Lunatic asylums Punjab 1881-1894 - 1881-1894
Year: 1881
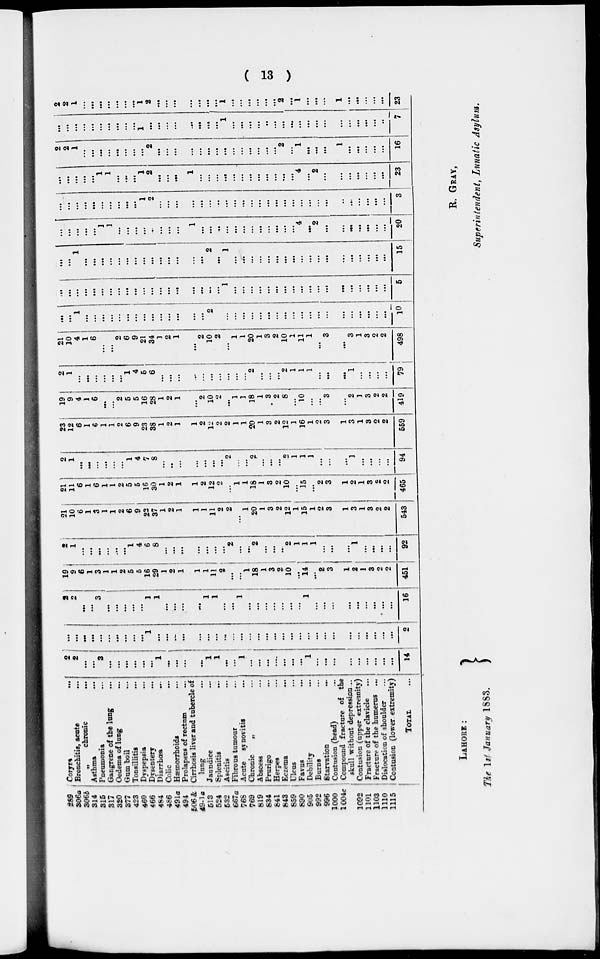
( 13 )
289
306a
306b
314
315
317
320
377
423
460
466
464
466
491a
494
506 &
49-1a
513
524
532
667a
768
769
819
834
841
843
859
890
905
992
996
1000
1004c
1092
1101
1103
1110
1115
Coryza
...
Bronchitis, acute
„
chronic
...
Asthma
...
Pneumonia ...
Gangrene of the long ...
Oedema of long ...
Gam boil ...
Tonsillitis ...
Dyspepsia ...
Dysentery ...
Diarrhœa ...
Colic ...
Hæmorrhoids ...
Prolapsus of rectum ...
Cirrhosis liver and tubercle of
lung ...
Jaundice ...
Splenitis ...
Ascitis
Fibrous tumour ...
Acute synovitis ...
Chronic
„ ...
Abscess ...
Prurigo ...
Herpes ...
Eczema ...
Ulcus ...
Favus ...
Debility ...
Burns ...
Starvation
...
Contusion (head) ...
Compound fracture of the
skull without depression...
Contusion (upper extremity)
Fracture of the clavicle
Fracture of the humerus ....
Dislocation of shoulder
...
Coatusion (lower extremity)
TOTAL ...
2
2
...
...
3
...
...
...
...
...
...
1
...
...
...
...
1
1
...
...
1
...
...
...
...
...
...
...
1
...
...
...
...
...
...
...
...
...
14
...
...
...
...
...
...
... ...
...
...
1
...
...
... ...
...
...
...
...
...
...
...
...
...
...
...
...
...
...
...
...
...
...
...
...
...
...
...
2
...
2
...
...
3
...
...
...
...
...
1
1
...
...
...
...
1
1
...
...
1
...
...
...
...
...
...
1
...
...
...
...
...
...
...
...
...
16
19
9
6
1
3
1 1
2
5
5
16
29
1
2
1
1
1
11
2
...
...
1
18
1
3
2
10
...
14
...
2
3
1
2
1
3
2
2
451
2
1
...
...
...
...
...
...
1
4
6
8
...
...
...
...
...
...
...
2
...
...
2
...
...
...
2
1
1
1
...
...
...
1
...
...
...
...
92
21
10
6
1
3
1
1
2
6
9
22
37
1
2
1
1
1
11
2
2
...
1
20
1
3
2
12
1
15
1
2
3
1
3
1
3
2
2
543
21
11
6
1
6
1
1
2
5
5
16
30
1
2
1
1
2
12
2
...
1
1
18
1
3
2
10
...
15
...
2
3
1
2
1
3
2
2
465
2
1
...
...
...
...
...
...
1
4
7
8
...
...
...
...
...
...
...
2
...
...
2
...
...
...
2
1
1
1
...
...
...
1
...
...
...
...
94
23
12
6
1
6
1
1
2
6
9
23
38
1
2
1
1
2
12
2
2
1
1
20
1
3
2
12
1
16
1
2
3
1
3
1
3
...
2
559
19
9
4
1
6
...
...
2
5
5
16
28
1
2
1
...
2
10
2
...
1
1
18
1
3
2
8
...
10
...
...
3
...
2
1
3
2
2
419
2
1
...
...
...
...
...
...
1
4
5
6
...
...
...
...
...
...
...
...
...
...
2
...
...
...
2
1
1
1
...
...
...
1
...
...
...
...
79
21
10
4
1
6
...
...
2
6
9
21
34
1
2
1
...
2
10
2
...
1
1
20
1
3
2
10
1
11
1
...
3
...
3
1
3
2
2
498
...
...
1
...
...
...
...
...
...
...
...
...
...
...
...
...
2
...
...
...
...
...
...
...
...
...
...
...
...
...
...
...
...
...
...
...
10
...
...
...
...
...
...
...
...
...
...
...
...
...
...
...
...
...
...
...
1
...
...
...
...
...
...
...
...
...
...
...
...
...
...
...
...
...
...
5
...
...
1
...
...
...
...
...
...
...
...
...
...
...
...
...
...
2
...
1
...
...
...
...
...
...
...
...
...
...
...
...
...
...
...
...
...
...
15
...
...
...
...
...
1
1
...
...
...
...
...
...
...
...
1
...
...
..
...
...
...
...
...
...
...
...
...
4
...
2
...
...
...
...
...
...
...
20
...
...
...
...
...
...
...
...
...
...
1
2
...
...
...
...
...
...
...
...
...
...
...
...
...
...
...
...
...
...
...
...
...
...
...
...
...
...
3
...
...
...
...
...
1
1
...
...
...
1
2
...
...
...
1
...
...
...
...
...
...
...
...
...
...
...
...
4
...
2
...
...
...
...
...
...
...
23
2
2
1
...
...
...
...
...
...
...
...
2
...
...
...
...
...
...
...
...
...
...
...
...
...
...
2
...
1
...
...
...
1
...
...
...
...
...
16
...
...
...
...
...
...
...
...
...
...
1
...
...
...
...
...
...
...
...
1
...
...
...
...
...
...
...
...
...
...
...
...
...
...
...
...
...
...
7
2
2
1
...
...
...
...
...
...
...
1
2
...
...
...
...
...
...
...
1
...
...
...
...
...
...
2
...
1
...
...
...
1
...
...
...
...
...
23
LAHORE :
The 1st January 1883.
R. GRAY,
Superintendent, Lunatic Asylum.